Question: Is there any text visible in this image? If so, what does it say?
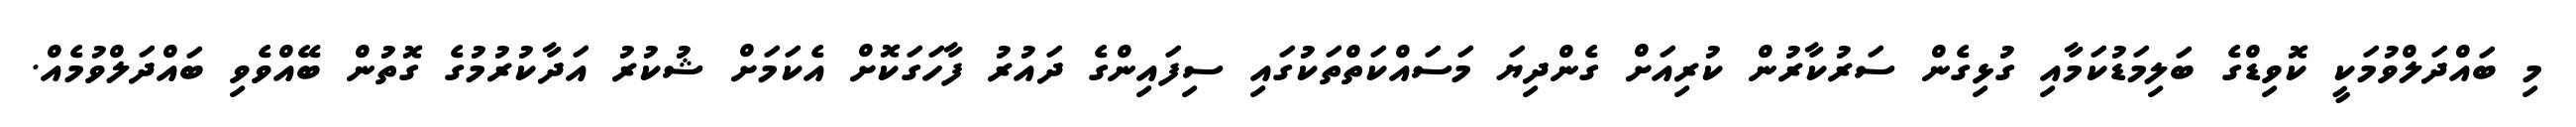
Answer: މި ބައްދަލްވުމަކީ ކޮވިޑްގެ ބަލިމަޑުކަމާއި ގުޅިގެން ސަރުކާރުން ކުރިއަށް ގެންދިޔަ މަސައްކަތްތަކުގައި ސިފައިންގެ ދައުރު ފާހަގަކޮށް އެކަމަށް ޝުކުރު އަދާކުރުމުގެ ގޮތުން ބޭއްވެވި ބައްދަލްވުމެއް.